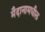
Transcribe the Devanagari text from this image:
मैदानामधील